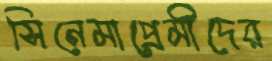
সিনেমাপ্রেমীদের